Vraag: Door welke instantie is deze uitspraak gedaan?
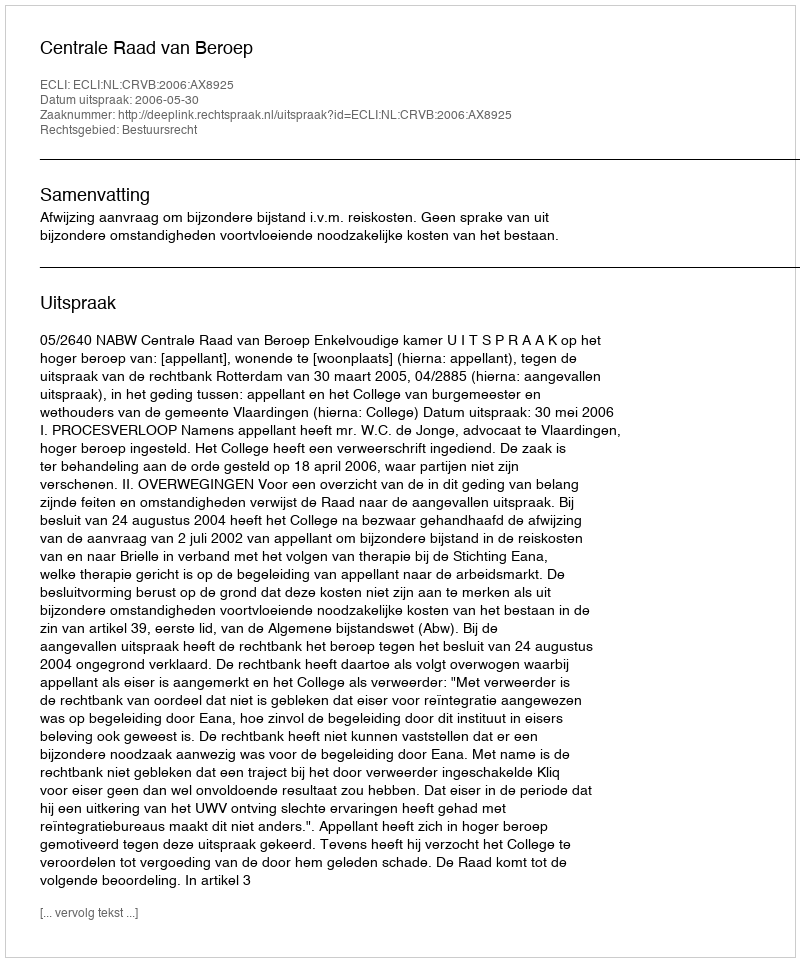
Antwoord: Centrale Raad van Beroep